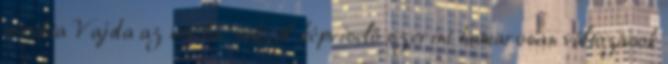
mondta Vajda az atv.hu-nak. A képviselő szerint hamarosan változások